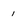
Character: 1